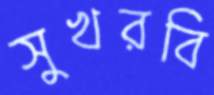
সুখরবি